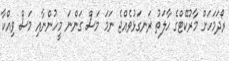
ރޯދަމަހަށް މާރުކޭޓްގެ ހާލަތު ރަނގަޅުވެއްޖެ ނަމަ މަސް ގަންނަ މީހުންނާއި މަސް ވިއްކާ